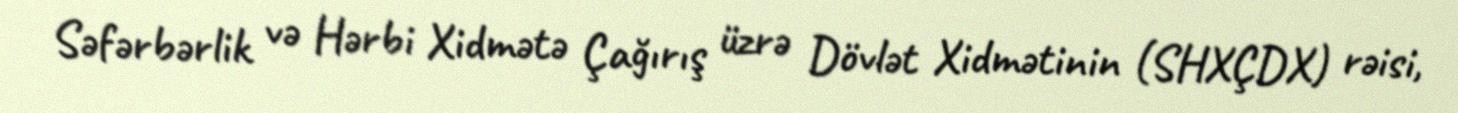
Səfərbərlik və Hərbi Xidmətə Çağırış üzrə Dövlət Xidmətinin (SHXÇDX) rəisi,